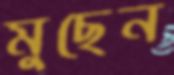
মুছেন